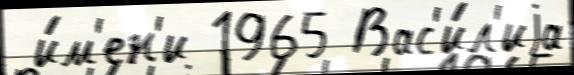
 и́м'ен'и 1965 Вас'и́л'иjа